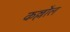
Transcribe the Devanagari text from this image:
कल्लौल